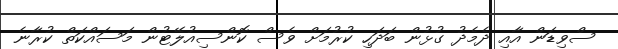
ސްވިޑަން އާއި ދެމެދު ގުޅުން ބަދަހި ކުރުމަށް ވެސް ކޮންސިއުލޭޓުން މަސައްކަތް ކުރާނެ